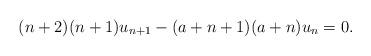
LaTeX: \begin{align*}(n + 2)(n + 1)u_{n+1} - (a + n + 1)(a + n)u_n = 0.\end{align*}